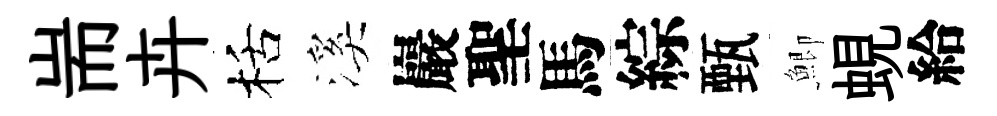
耑卉栝溪巖聖馬綜甄鯽蜆給